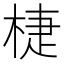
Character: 𣓉